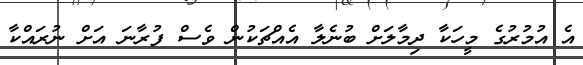
އެ އުމުރުގެ މީހަކާ ދިމާލަށް ބުނެލާ އެއްޗަކުން ވެސް ފުރާނަ އަށް ނުރައްކާ